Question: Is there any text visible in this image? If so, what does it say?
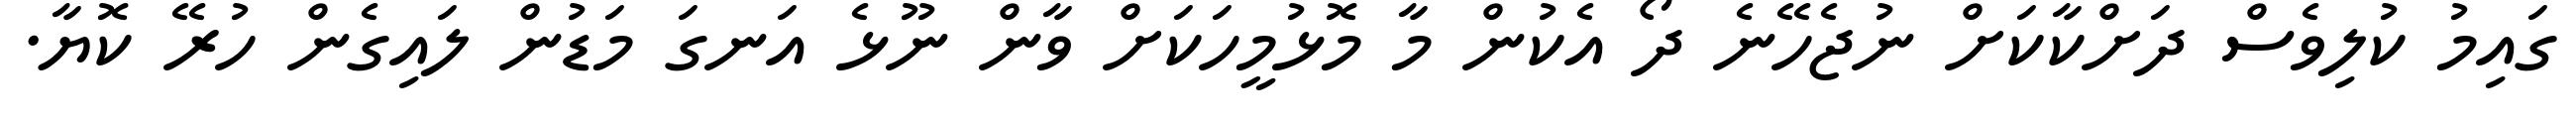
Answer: ގައިމު ކުލިވެސް ދަށްކާކަށް ނުޖެހޭނެ ދޯ އެކުން މާ މޮޅުމީހަކަށް ވާން ނޫޅެ އަނގަ މަޑުން ލައިގެން ހުރޭ ކޮޔާ.